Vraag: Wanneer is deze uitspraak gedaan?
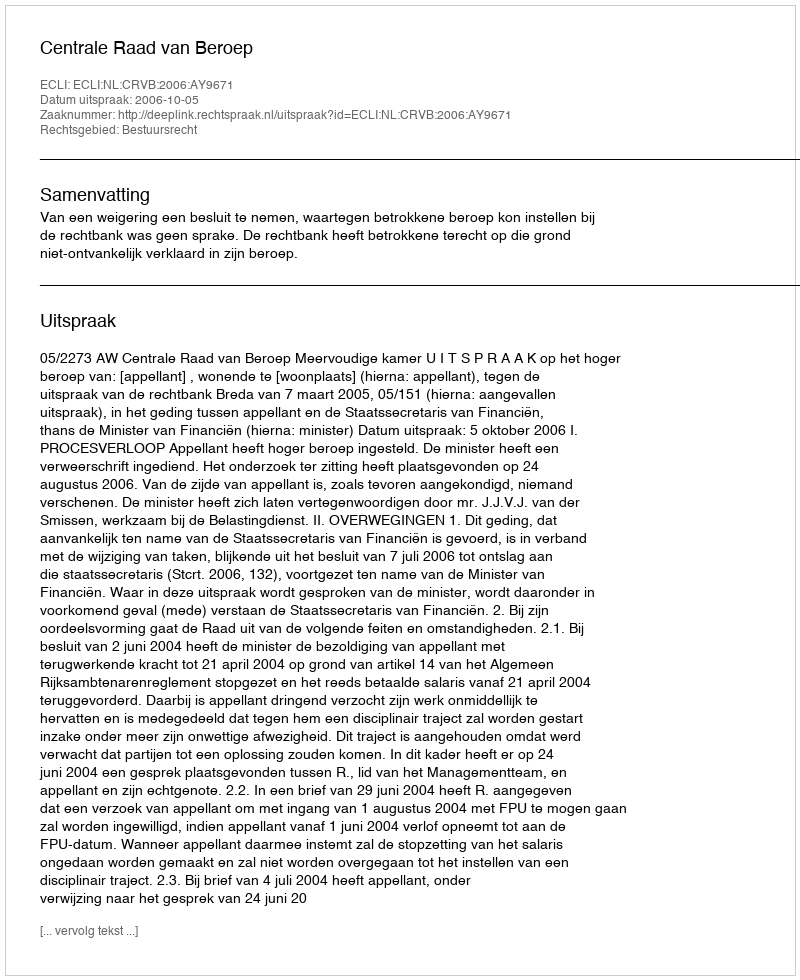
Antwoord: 2006-10-05